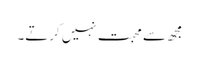
مجھ سے محبت نہیں کرتے۔